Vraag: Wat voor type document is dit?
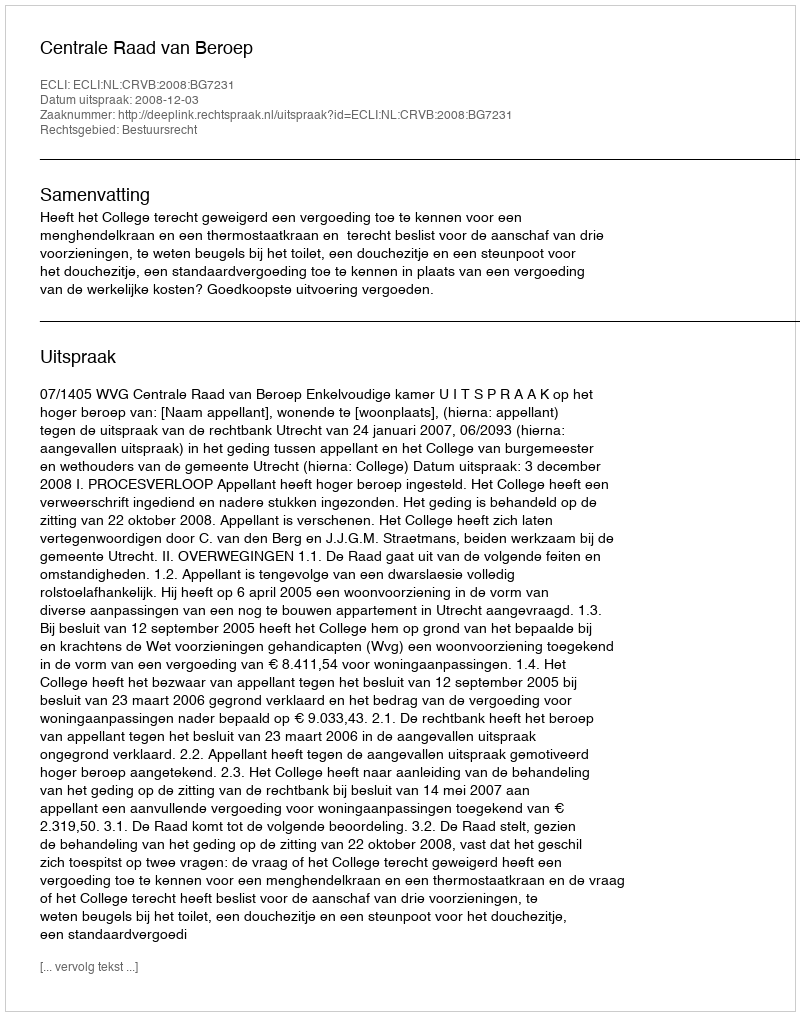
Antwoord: Uitspraak